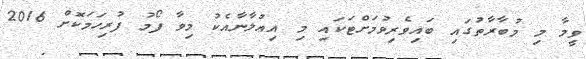
ވީމާ މި މުބާރާތުގައި ބައިވެރިވުމަށްޓަކައި މި އިޢުލާނާއެކު މިވާ ފޯމު ފުރިހަމަކޮށް 2016